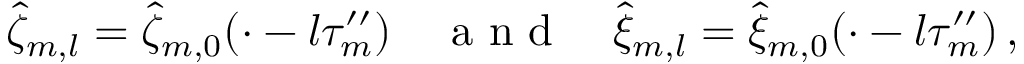
\hat { \zeta } _ { m , l } = \hat { \zeta } _ { m , 0 } ( \cdot - l \tau _ { m } ^ { \prime \prime } ) \quad \mathrm { ~ a ~ n ~ d ~ } \quad \hat { \xi } _ { m , l } = \hat { \xi } _ { m , 0 } ( \cdot - l \tau _ { m } ^ { \prime \prime } ) \, ,